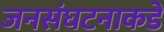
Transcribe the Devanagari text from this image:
जनसंघटनाकडे